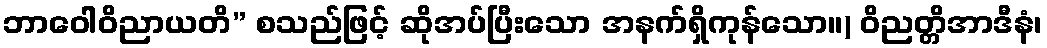
ဘာဝေါဝိညာယတိ” စသည်ဖြင့် ဆိုအပ်ပြီးသော အနက်ရှိကုန်သော။) ဝိညတ္တိအာဒီနံ၊